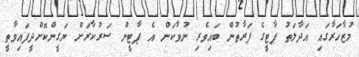
މުޒާހަރާގައި އަދާލަތު ޕާޓީގެ ފަރާތުން ބައިވެރި ނުވާކަން އެ ޕާޓީން ސަރުކާރަށް ޔަގީންކޮށްދީފައިވާތީ